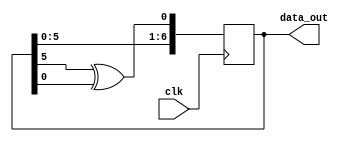
module lfsr7 (data_out, clk);

	output [6:0]	data_out;
	input		clk;
	
	reg[6:0]	sreg;
	
	initial sreg = 6'b1;

	always @ (posedge clk)
		sreg <= {sreg[6:0], sreg[5] ^ sreg[0]};
		
	assign data_out = sreg;

endmodule